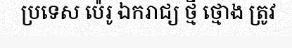
ប្រទេស ប៉េរូ ឯករាជ្យ ថ្មី ថ្មោង ត្រូវ